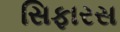
સિફારસ